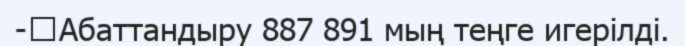
-	Абаттандыру 887 891 мың теңге игерілді.